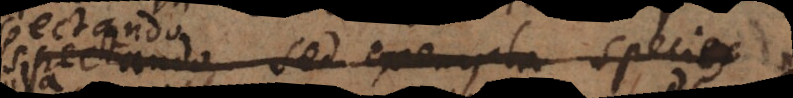
spectando, sed exempla species